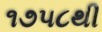
૧૭૫૮થી